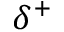
{ \delta } ^ { + }